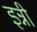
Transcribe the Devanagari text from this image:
इन्नी